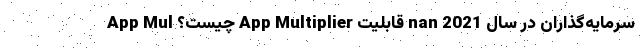
سرمایه‌گذاران در سال 2021 nan قابلیت App Multiplier چیست؟ App Mul